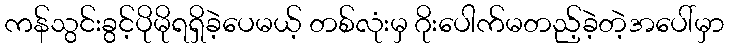
ကန်သွင်းခွင့်ပိုမိုရရှိခဲ့ပေမယ့် တစ်လုံးမှ ဂိုးပေါက်မတည့်ခဲ့တဲ့အပေါ်မှာ